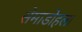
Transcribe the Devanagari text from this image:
सेमाडोहला